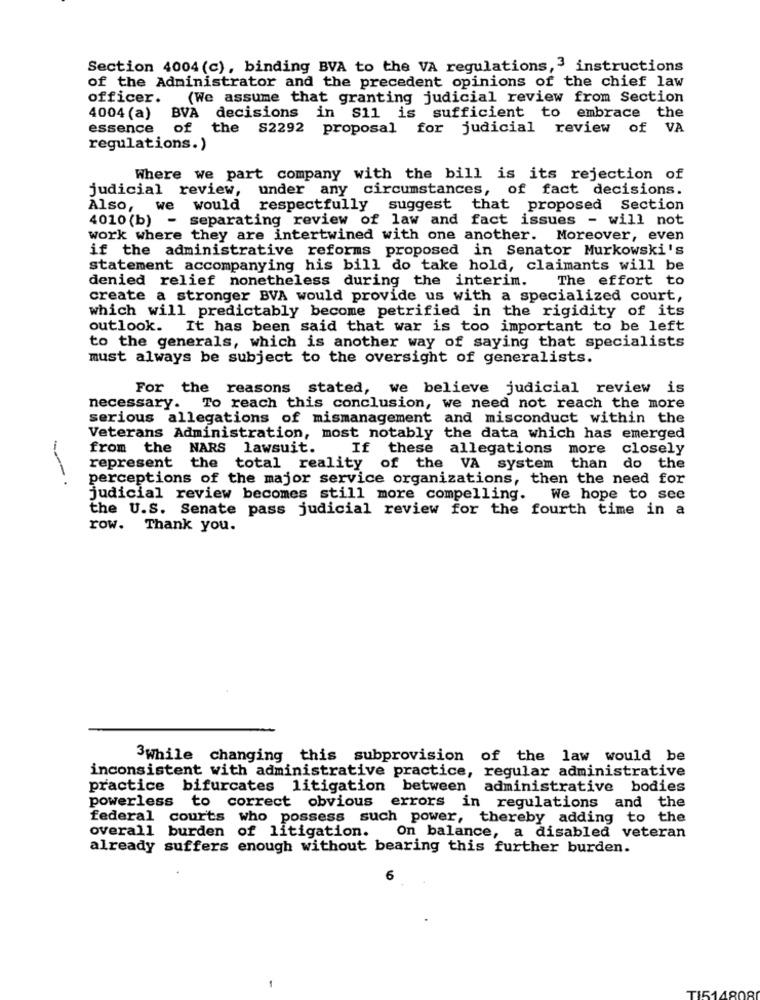
Section 4004 (c), binding BVA to the VA regulations,3 instructions
of the Administrator and the precedent opinions of the chief law
officer. (We assume that granting judicial review from Section
4004 (a) BVA decisions in S11 is sufficient to embrace the
essence of the S2292 proposal for judicial review of VA
regulations.)
Where we part company with the bill is its rejection of
judicial review, under any circumstances, of fact decisions.
Also, we would respectfully suggest that proposed Section
4010(b) - separating review of law and fact issues - will not
work where they are intertwined with one another. Moreover, even
if the administrative reforms proposed in Senator Murkowski's
statement accompanying his bill do take hold, claimants will be
denied relief nonetheless during the interim.
The effort to
create a stronger BVA would provide us with a specialized court,
which will predictably become petrified in the rigidity of its
outlook. It has been said that war is too important to be left
to the generals, which is another way of saying that specialists
must always be subject to the oversight of generalists.
For the reasons stated, we believe judicial review is
necessary. To reach this conclusion, we need not reach the more
serious allegations of mismanagement and misconduct within the
Veterans Administration, most notably the data which has emerged
from the NARS lawsuit. If these
e allegations more closely
represent the total reality of the VA system than do the
perceptions of the major service organizations, then the need for
judicial review becomes still more compelling. We hope to see
the U.S. Senate pass judicial review for the fourth time in a
row. Thank you.
3While changing this subprovision of the law would be
inconsistent with administrative practice, regular administrative
practice bifurcates litigation between administrative bodies
powerless to correct obvious
errors in regulations and the
federal courts who possess such power, thereby adding to the
overall burden of litigation.
On balance, a disabled veteran
already suffers enough without bearing this further burden.
6